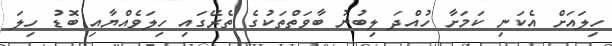
ހިލައަށް އެކަނި ކަމަށާ ހުއްދަ ލިބުނު ބާވަތްތަކުގެ ތެރޭގައި ހިލަވެއްޔާއި ބޮޑު ހިލަ